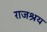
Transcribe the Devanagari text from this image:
राजश्रय